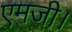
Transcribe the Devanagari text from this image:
एमजी।